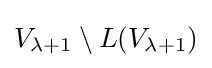
V_{\lambda +1}\setminus L(V_{\lambda +1})